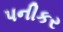
પનીકર